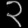
Digit: ၃